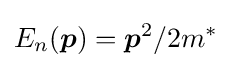
E_{n}({\boldsymbol {p}})={\boldsymbol {p}}^{2}/2m^{*}